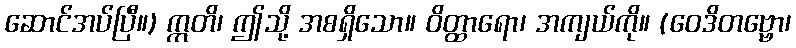
ဆောင်အပ်ပြီ။) ဣတိ၊ ဤသို့ အစရှိသော။ ဝိတ္ထာရော၊ အကျယ်ကို။ (ဝေဒိတဗ္ဗော၊